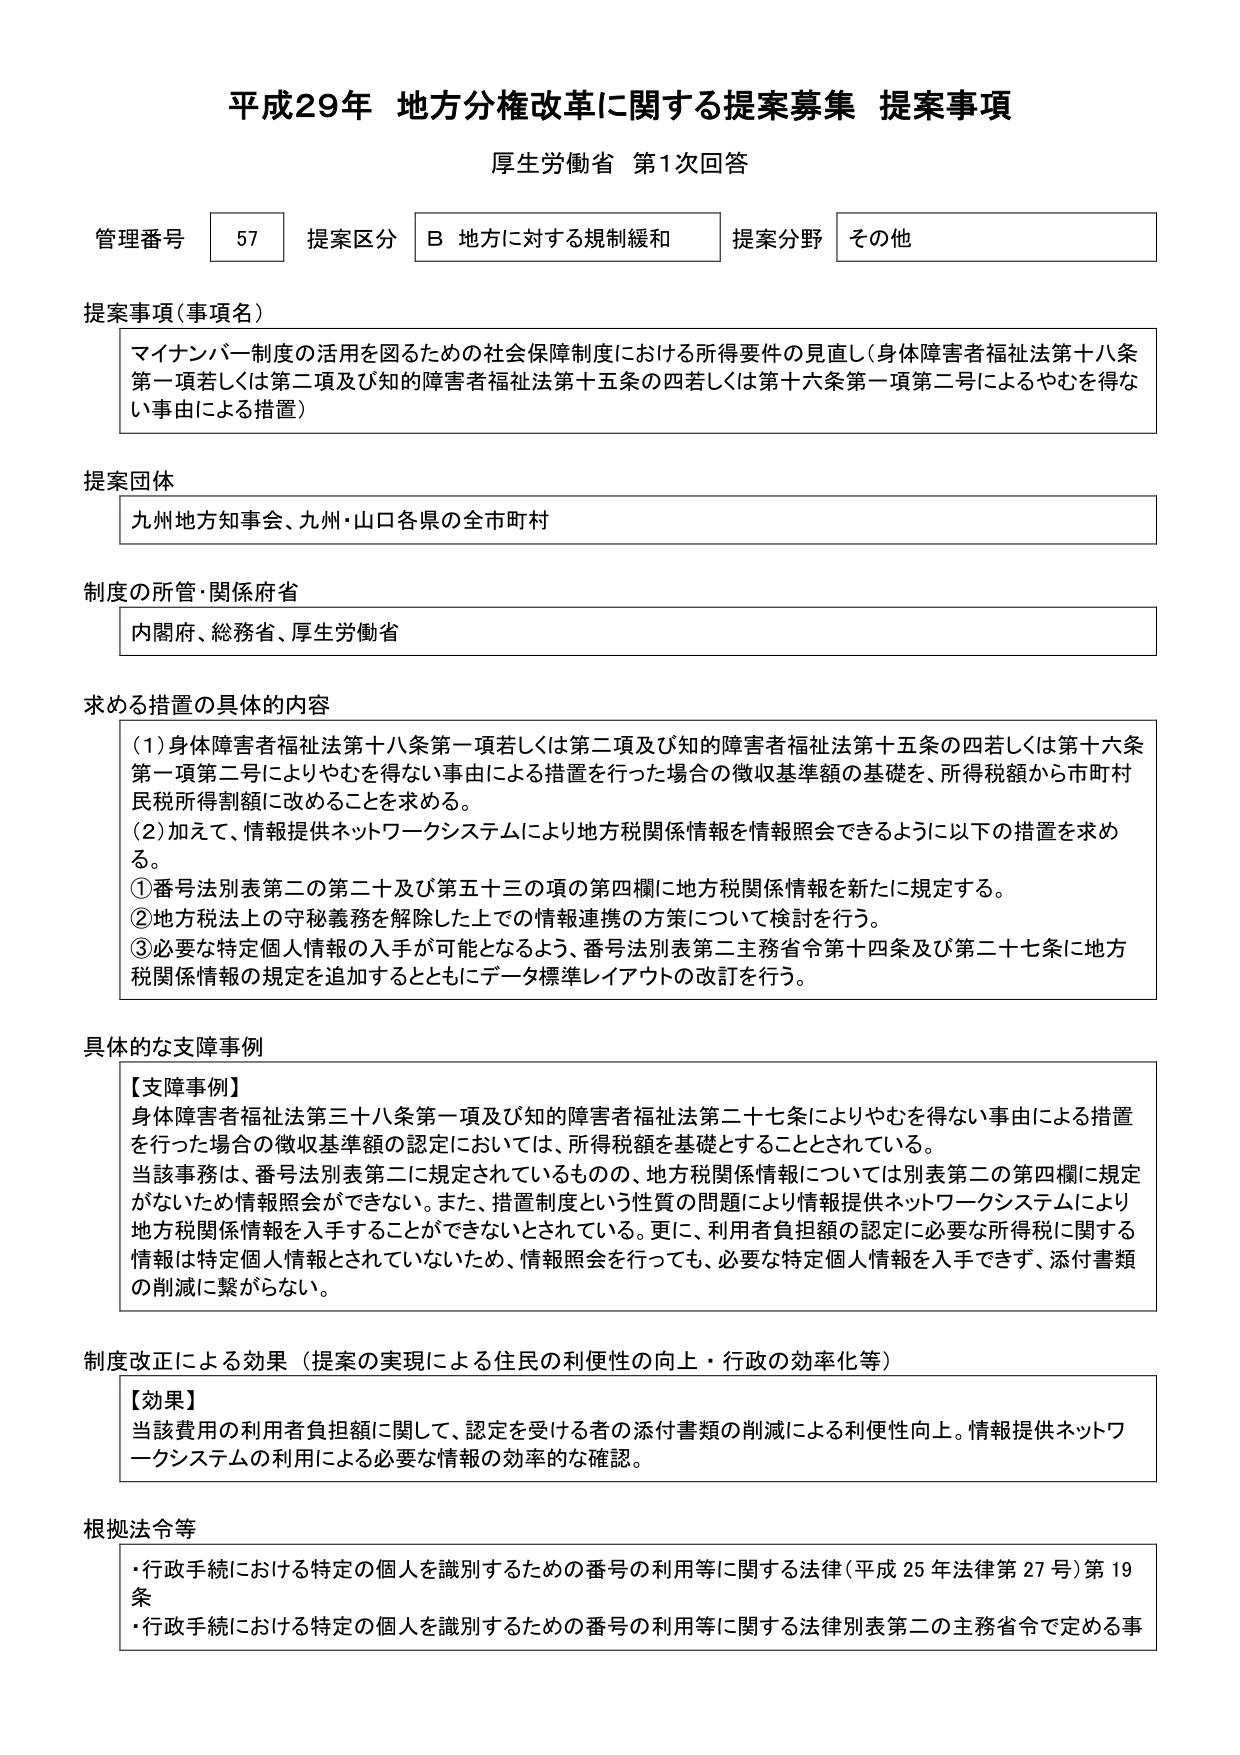
平成29年 地方分権改革に関する提案募集 提案事項
厚生労働省 第1次回答

管理番号 57 提案区分 B 地方に対する規制緩和 提案分野 その他

提案事項（事項名）
マイナンバー制度の活用を図るための社会保障制度における所得要件の見直し（身体障害者福祉法第十八条第一項若しくは第二項及び知的障害者福祉法第十五条の四若しくは第十六条第一項第二号によるやむを得ない事由による措置）

提案団体
九州地方知事会、九州・山口各県の全市町村

制度の所管・関係府省
内閣府、総務省、厚生労働省

求める措置の具体的な内容
（1）身体障害者福祉法第十八条第一項若しくは第二項及び知的障害者福祉法第十五条の四若しくは第十六条第一項第二号によりやむを得ない事由による措置を行った場合の徴収基準額の基礎を、所得税額から市町村民税所得割額に改めることを求める。
（2）加えて、情報提供ネットワークシステムにより地方税関係情報を情報照会できるように以下の措置を求める。
①番号法別表第二の第二十及び第五十三の項の第四欄に地方税関係情報を新たに規定する。
②地方税法上の守秘義務を解除した上での情報連携の方策について検討を行う。
③必要な特定個人情報の入手が可能となるよう、番号法別表第二主務省令第十四条及び第二十七条に地方税関係情報の規定を追加するとともにデータ標準レイアウトの改訂を行う。

具体的な支障事例
【支障事例】
身体障害者福祉法第三十八条第一項及び知的障害者福祉法第二十七条によりやむを得ない事由による措置を行った場合の徴収基準額の認定においては、所得税額を基礎とすることとされている。
当該事務は、番号法別表第二に規定されているものの、地方税関係情報については別表第二の第四欄に規定がないため情報照会ができない。また、措置制度という性質の問題により情報提供ネットワークシステムにより地方税関係情報を入手することができないとされている。更に、利用者負担額の認定に必要な所得税に関する情報は特定個人情報とされていないため、情報照会を行っても、必要な特定個人情報を入手できず、添付書類の削減に繋がらない。

制度改正による効果（提案の実現による住民の利便性の向上・行政の効率化等）
【効果】
当該費用の利用者負担額に関して、認定を受ける者の添付書類の削減による利便性向上。情報提供ネットワークシステムの利用による必要な情報の効率的な確認。

根拠法令等
・行政手続における特定の個人を識別するための番号の利用等に関する法律（平成25年法律第27号）第19条
・行政手続における特定の個人を識別するための番号の利用等に関する法律別表第二の主務省令で定める事